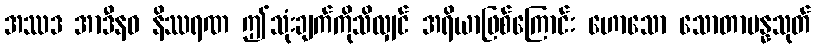
အဿဒ အာဒီနဝ နိဿရဏ ဤသုံးချက်ကိုသိလျှင် အရိယာဖြစ်ကြောင်း ဟောသော သောတာပန္နသုတ်